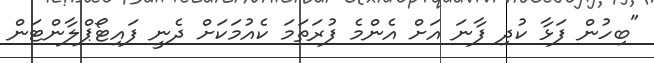
"ބިހުން ފަޅާ ކުދި ފާނަ އަށް އެންމެ ފުރަތަމަ ކެއުމަކަށް ދެނީ ފައިޓޯޕްލާންޓަން